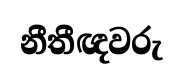
නීතීඥවරු